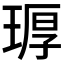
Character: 𪻶